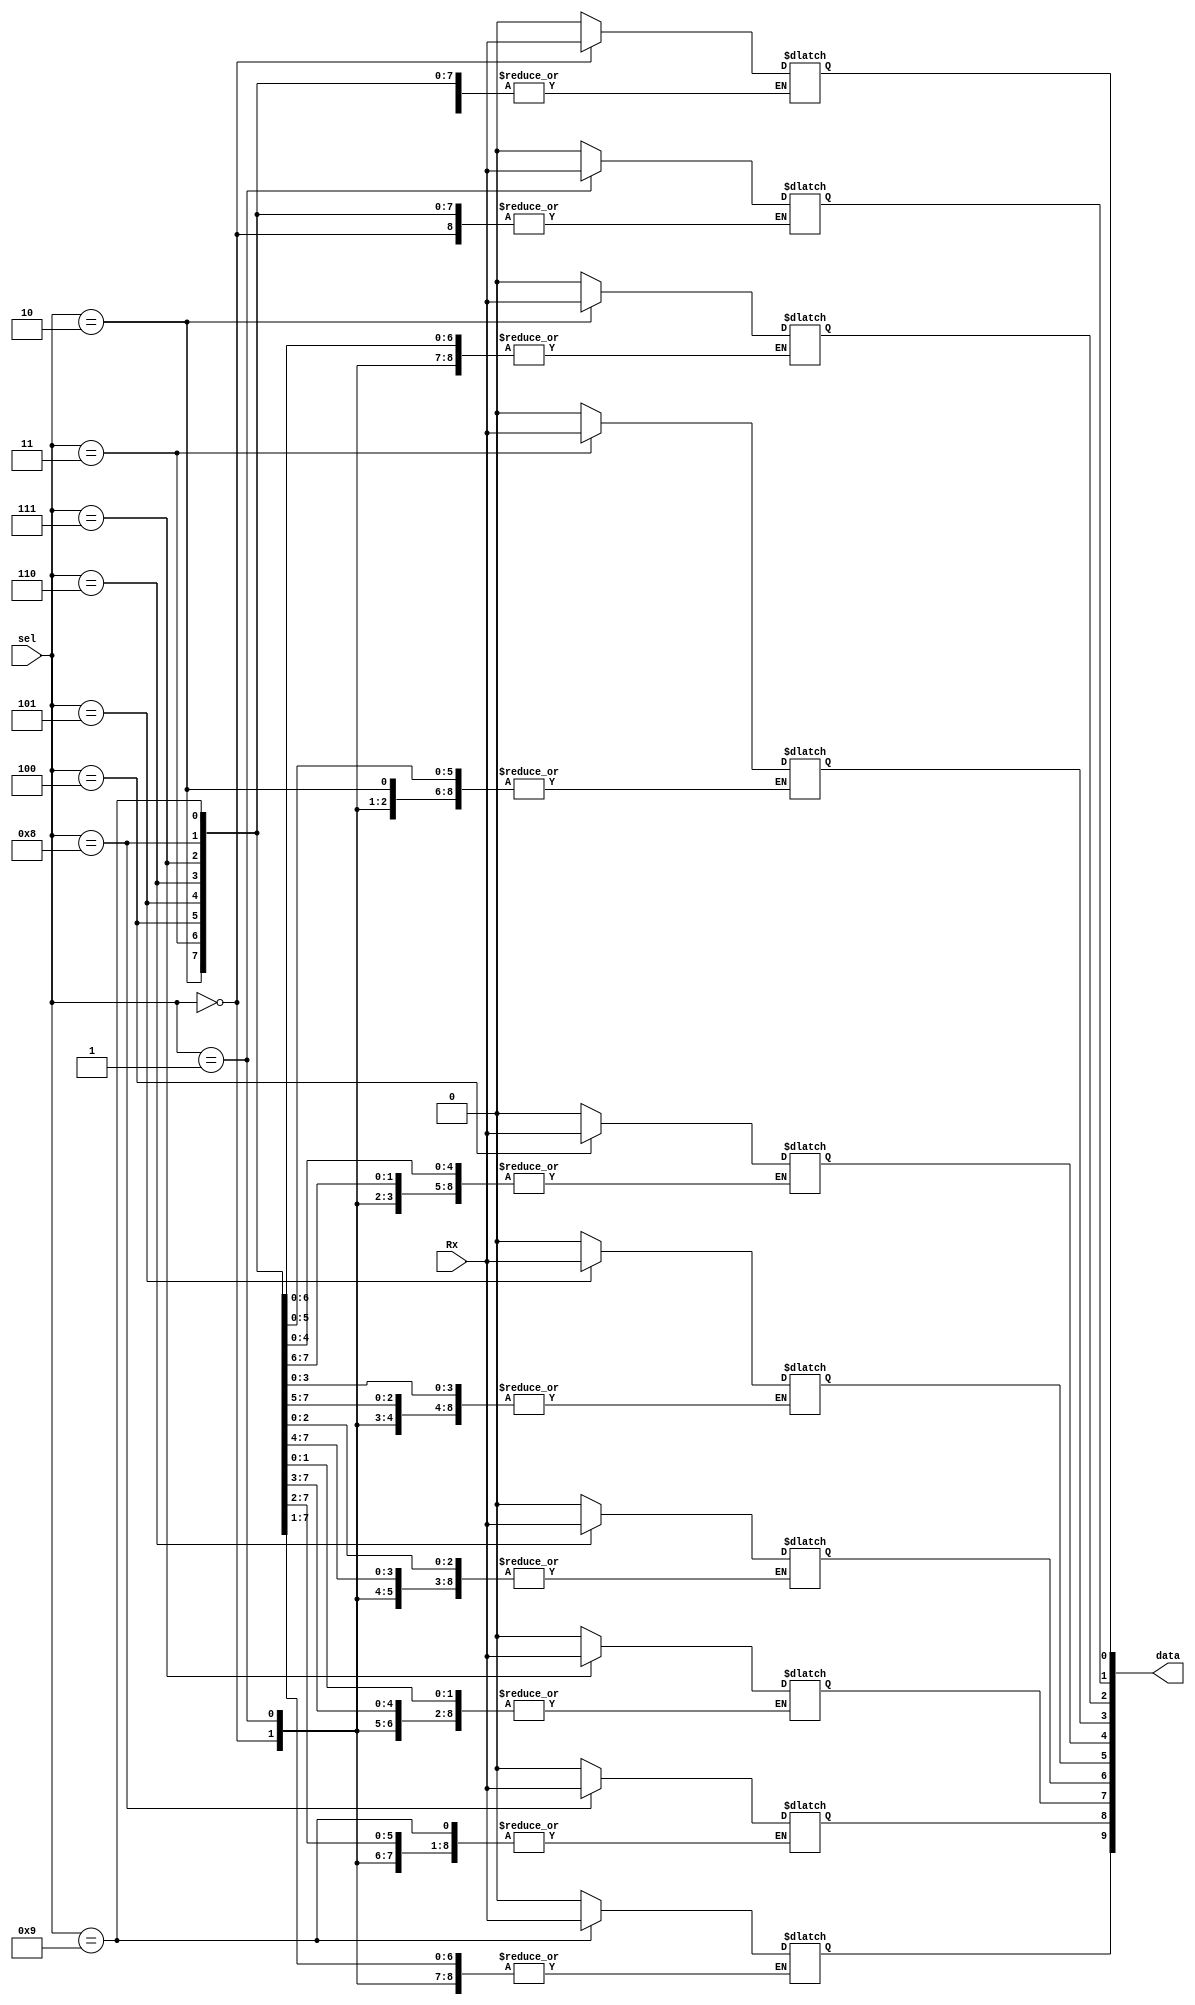
`timescale 1ns / 1ps
//////////////////////////////////////////////////////////////////////////////////
// Company: 
// 
// Design Name: 
// Module Name: Max_RX
// Project Name: 
// Target Devices: 
// Tool Versions: 
// Description: 
// 
// Dependencies: 
// 
// Revision:
// Revision 0.01 - File Created
// Additional Comments:
// 
//////////////////////////////////////////////////////////////////////////////////


module DMax_RX(
    input Rx,
    input [3:0] sel,
    output reg [9:0] data
    );
    
    initial begin data = 10'b0; end
    always@(*)
    begin
            case(sel)
                    4'b0000: data[0] = Rx;
                    
                    4'b0001: data[1] = Rx;
                    4'b0010: data[2] = Rx;
                    4'b0011: data[3] = Rx;
                    4'b0100: data[4] = Rx;
                    4'b0101: data[5] = Rx;
                    4'b0110: data[6] = Rx;
                    4'b0111: data[7] = Rx;
                    4'b1000: data[8] = Rx;
                    
                    4'b1001: data[9] = Rx;
                    
                 default: data = 1'b0;   
            endcase
    end
endmodule